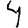
Digit: 4